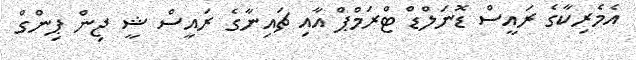
އެމެެރިކާގެ ރައީސް ޑޮނަލްޑް ޓްރަމްޕް އާއި ޗައިނާގެ ރައީސް ޝީ ޖިން ޕިންގް